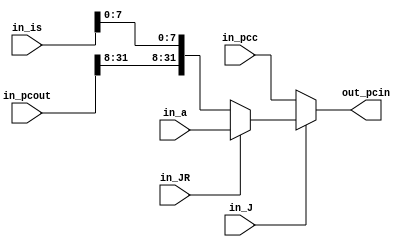
//==================================================================================================
//  Revision      : 
//
//  Description   : 
//
//
//==================================================================================================
module UCIDI(in_J,in_JR,in_pcc,in_a,in_pcout,in_is,out_pcin);
	input in_J;
	input in_JR;
	input [31:0]in_pcc;
	input [31:0]in_a;
	input [31:0]in_pcout;
	input [31:0]in_is;
	output reg [31:0]out_pcin = 0;
	wire [31:0]new_address;

	assign new_address[7:0] = in_is[7:0];
	assign new_address[31:8] = in_pcout[31:8];

	always @(*) begin
		out_pcin = in_J?(in_JR?in_a:new_address):in_pcc;
	end
	
endmodule